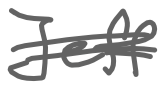
Text: Jeff
Cross-out: double-line
Writing tool: digital_gray